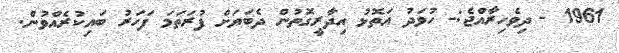
1961 - ދިވެހިރާއްޖެ:- ހުވަދު އަތޮޅު އިދާރީގޮތުން ދެބަޔަށް ފުރަތަމަ ފަހަރު ބައިކުރެއްވުން.